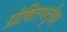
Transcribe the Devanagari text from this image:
प्रोषितभर्तृका